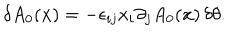
LaTeX: \delta A _ { 0 } ( { \bf x } ) = - \epsilon _ { i j } x _ { i } \partial _ { j } A _ { 0 } ( { \bf x } ) \, \delta \theta .